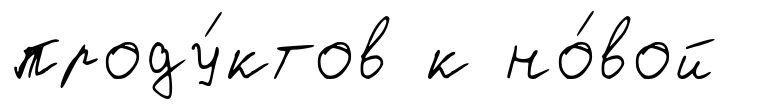
проду́ктов к но́вой